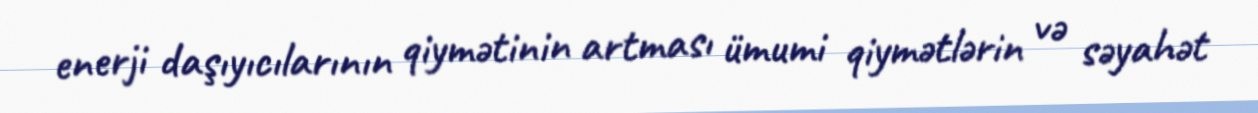
enerji daşıyıcılarının qiymətinin artması ümumi qiymətlərin və səyahət